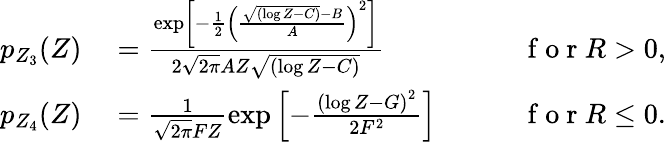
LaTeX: \begin{array}{rlr}{p_{Z_{3}}(Z)}&{{}=\frac{\exp\left[-\frac{1}{2}\left(\frac{\sqrt{(\log Z-C)}-B}{A}\right)^{2}\right]}{2\sqrt{2\pi}AZ\sqrt{(\log Z-C)}}\qquad}&{\mathrm{~f~o~r~}R>0,}\\ {p_{Z_{4}}(Z)}&{{}=\frac{1}{\sqrt{2\pi}FZ}\exp\left[-\frac{\left(\log Z-G\right)^{2}}{2F^{2}}\right]\qquad}&{\mathrm{~f~o~r~}R\leq 0.}\end{array}